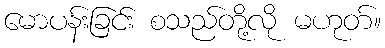
မောပန်းခြင်း စသည်တို့လို မဟုတ်။